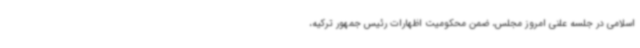
اسلامی در جلسه علنی امروز مجلس، ضمن محکومیت اظهارات رئیس جمهور ترکیه،